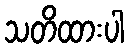
သတိထားပါ